Lunatic asylums in Bengal annual reports 1912-1924 - 1912-1924
Year: 1912
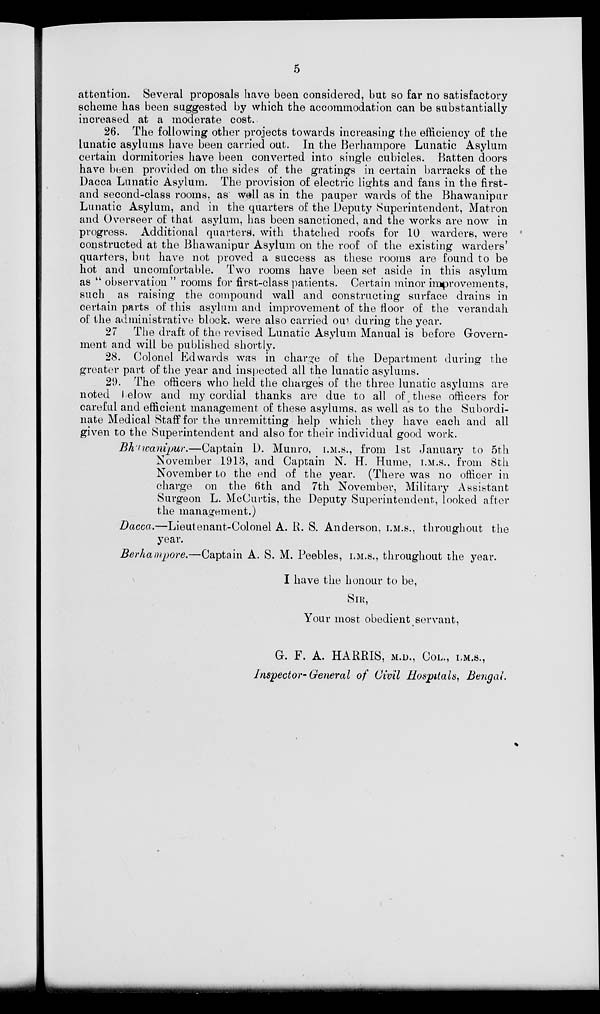
6
attention. Several proposals have been considered, but so far no satisfactory
scheme has been suggested by which the accommodation can be substantially
increased at a moderate cost.
26. The following other projects towards increasing the efficiency of the
lunatic asylums have been carried out. In the Berhampore Lunatic Asylum
certain dormitories have been converted into single cubicles. Batten doors
have been provided on the sides of the gratings in certain barracks of the
Dacca Lunatic Asylum. The provision of electric lights and fans in the first-
and second-class rooms, as well as in the pauper wards of the Bhawanipur
Lunatic Asylum, and in the quarters of the Deputy Superintendent, Matron
and Overseer of that asylum, has been sanctioned, and the works are now in
progress. Additional quarters. with thatched roofs for 10 warders, were
constructed at the Bhawanipur Asylum on the roof of the existing warders'
quarters, but have not proved a success as these rooms are found to be
hot and uncomfortable. Two rooms have been set aside in this asylum
as " observation " rooms for first-class patients. Certain minor improvements,
such as raising the compound wall and constructing surface drains in
certain parts of this asylum and improvement of the floor of the verandah
of the administrative block, were also carried out during the year.
27 The draft of the revised Lunatic Asylum Manual is before Govern-
ment and will be published shortly.
28. Colonel Edwards was in charge of the Department during the
greater part of the year and inspected all the lunatic asylums.
29. The officers who held the charges of the three lunatic asylums are
noted below and my cordial thanks are due to all of, these officers for
careful and efficient management of these asylums, as well as to the Subordi-
nate Medical Staff for the unremitting help which they have each and all
given to the Superintendent and also for their individual good work.
Bhawanipur.—Captain
D. Munro, I.M.S., from 1st January to 5th
November 1913, and Captain N. H. Hume, I.M.S., from 8th
November to the end of the year. (There was no officer in
charge on the 6th and 7th November, Military Assistant
Surgeon L. McCurtis, the Deputy Superintendent, looked after
the management.)
Dacca.—Lieutenant-Colonel
A. R. S. Anderson, I.M.S., throughout the
year.
Berhampore.—Captain
A. S. M. Peebles, I.M.S., throughout the year.
I have the honour to be,
SIR,
Your most obedient servant,
G. F. A. HARRIS, M.D., COL., I.M.S.,
Inspector-General
of Civil Hospitals,
Bengal.